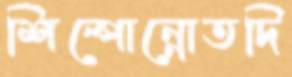
শিল্পোন্নোতদি